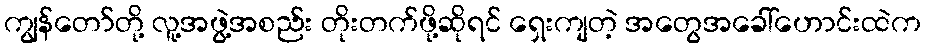
ကျွန်တော်တို့ လူ့အဖွဲ့အစည်း တိုးတက်ဖို့ဆိုရင် ရှေးကျတဲ့ အတွေအခေါ်ဟောင်းထဲက